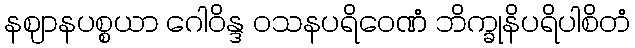
နဈာနပစ္စယာ ဂေါဝိန္ဒ ဝသနပရိဝေဏံ ဘိက္ခုနိပရိပါစိတံ